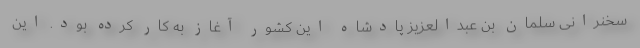
سخنرانی سلمان بن عبدالعزیز پادشاه این کشور آغاز به کار کرده بود. این